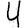
Digit: 4